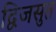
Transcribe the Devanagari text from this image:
द्विजसुत